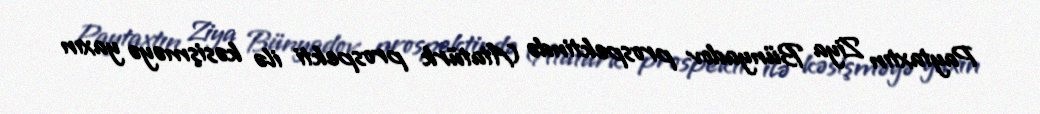
Paytaxtın Ziya Bünyadov prospektində (Atatürk prospekti ilə kəsişməyə yaxın